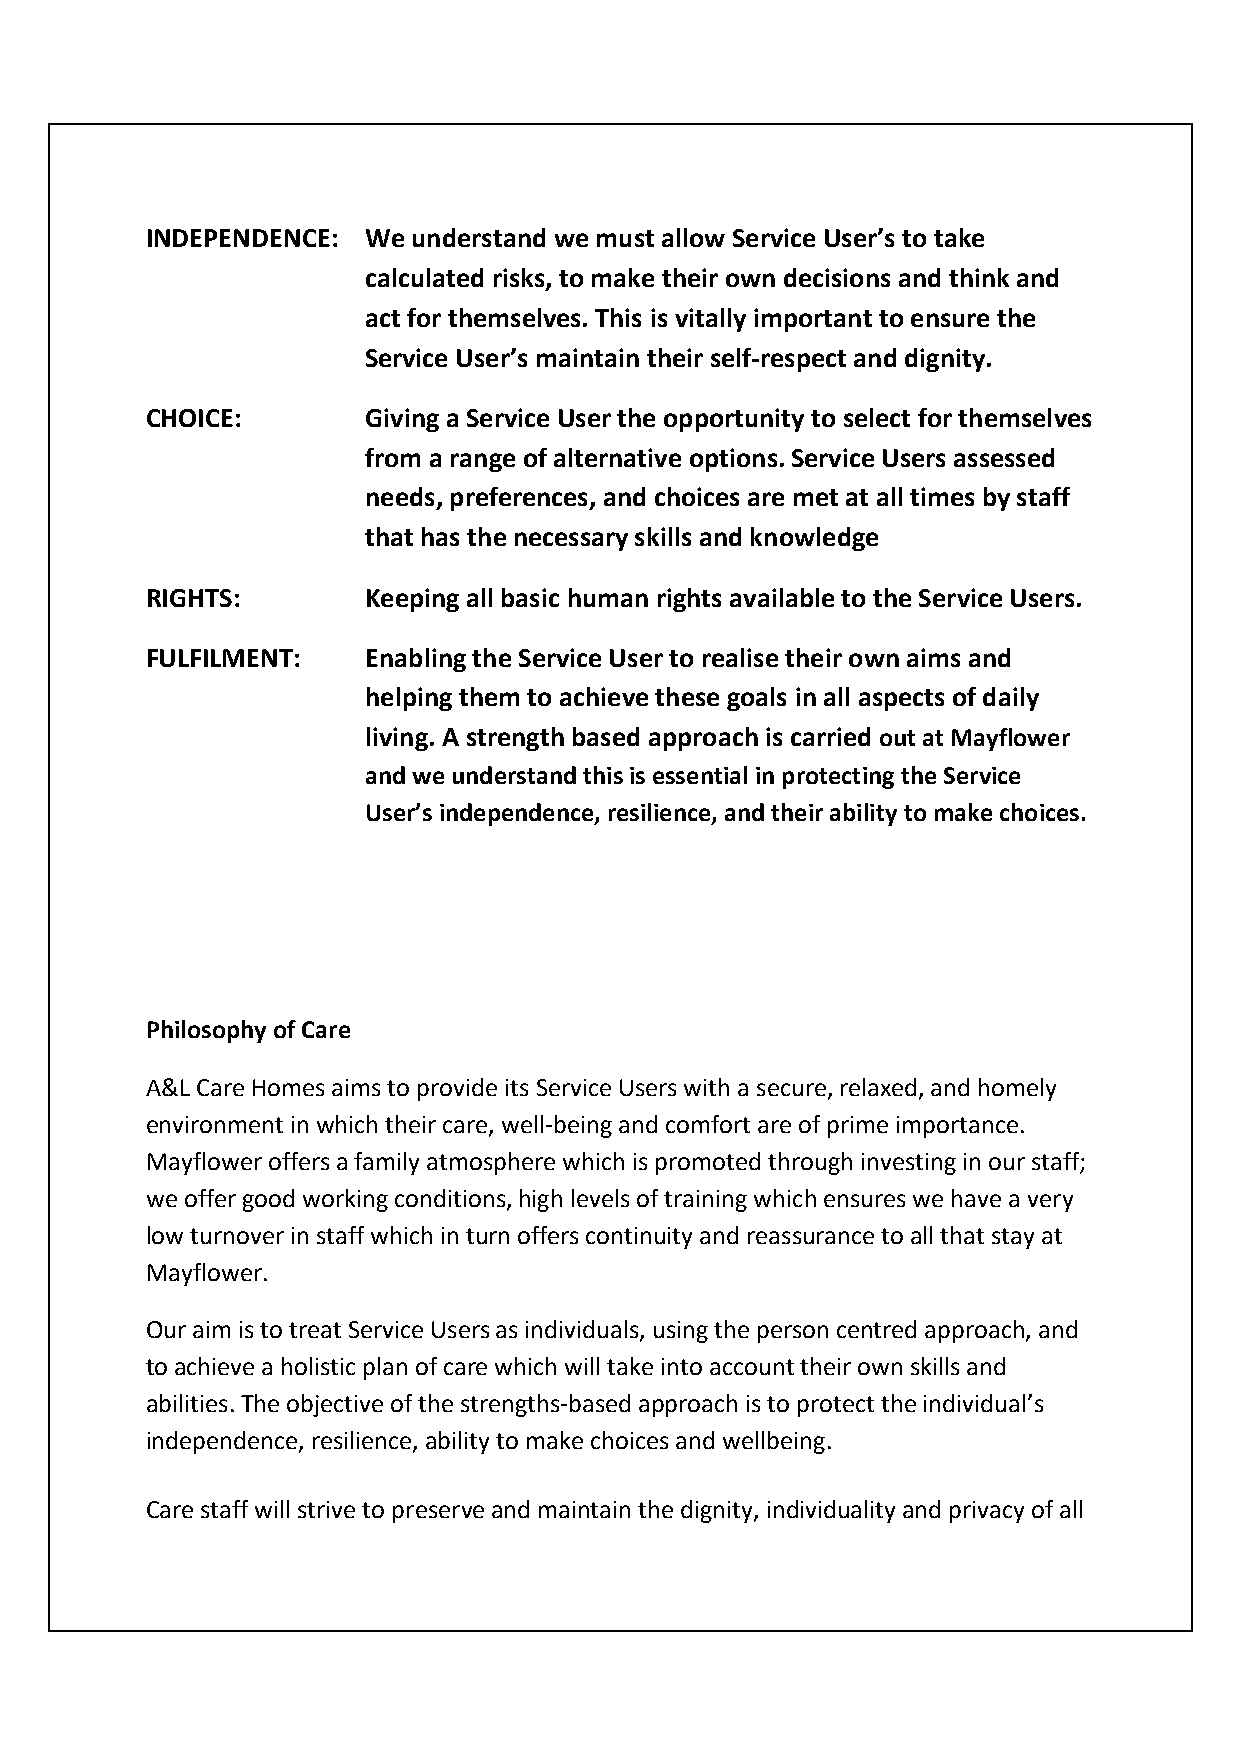
INDEPENDENCE: We understand we must allow Service User’s to take
 calculated risks, to make their own decisions and think and
 act for themselves. This is vitally important to ensure the
 Service User’s maintain their self-respect and dignity.
 CHOICE:       Giving a Service User the opportunity to select for themselves
 from a range of alternative options. Service Users assessed
 needs, preferences, and choices are met at all times by staff
 that has the necessary skills and knowledge
 RIGHTS:       Keeping all basic human rights available to the Service Users.
 FULFILMENT:   Enabling the Service User to realise their own aims and
 helping them to achieve these goals in all aspects of daily
 living. A strength based approach is carried out at Mayflower
 and we understand this is essential in protecting the Service
 User’s independence, resilience, and their ability to make choices.
 Philosophy of Care
 A&L Care Homes aims to provide its Service Users with a secure, relaxed, and homely
 environment in which their care, well-being and comfort are of prime importance.
 Mayflower offers a family atmosphere which is promoted through investing in our staff;
 we offer good working conditions, high levels of training which ensures we have a very
 low turnover in staff which in turn offers continuity and reassurance to all that stay at
 Mayflower.
 Our aim is to treat Service Users as individuals, using the person centred approach, and
 to achieve a holistic plan of care which will take into account their own skills and
 abilities. The objective of the strengths-based approach is to protect the individual’s
 independence, resilience, ability to make choices and wellbeing.
 Care staff will strive to preserve and maintain the dignity, individuality and privacy of all